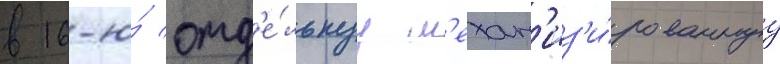
в 16-ю́ отд'е́льнуу м'ехан'из'и́рованнуу